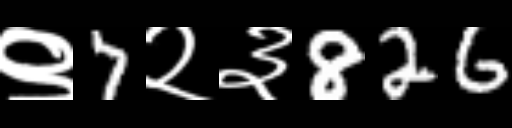
Text: ९7२३826